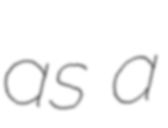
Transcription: as a